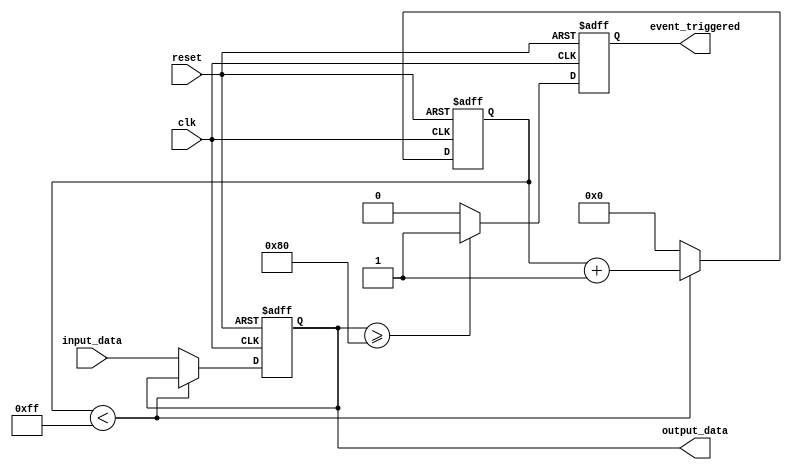
module parameter_focused_init #(
    parameter INITIAL_VALUE = 8'h00, // Default initial value
    parameter MAX_COUNT = 8'hFF,       // Maximum count value
    parameter THRESHOLD = 8'h80         // Threshold for triggering an event
)(
    input wire clk,                     // Clock input
    input wire reset,                   // Reset input
    input wire [7:0] input_data,       // Input data
    output reg [7:0] output_data,      // Output data
    output reg event_triggered          // Event trigger flag
);

// Internal registers
reg [7:0] internal_count; // Counter for behavioral logic

// Initialization block
always @(posedge clk or posedge reset) begin
    if (reset) begin
        internal_count <= INITIAL_VALUE; // Initialize counter based on parameter
        output_data <= 8'h00;            // Initialize output data
        event_triggered <= 1'b0;         // Clear event trigger
    end else begin
        // Behavioral logic
        if (internal_count < MAX_COUNT) begin
            internal_count <= internal_count + 1'b1; // Increment counter
        end else begin
            internal_count <= 8'h00; // Reset counter when max is reached
            output_data <= input_data; // Set output data based on inputs
        end
        
        // Check condition to trigger the event
        if (output_data >= THRESHOLD) begin
            event_triggered <= 1'b1; // Trigger event
        end else begin
            event_triggered <= 1'b0; // Do not trigger event
        end
    end
end

endmodule